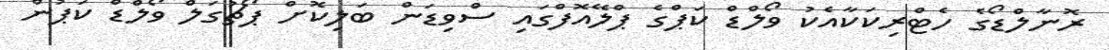
ރޮނާލްޑޯގެ ހެޓްރިކަކާއެކު ވޯލްޑް ކަޕްގެ ޕްލޭއޮފްގައި ސްވިޑަން ބަލިކޮށް ޕޯޗުގަލް ވޯލްޑް ކަޕުން